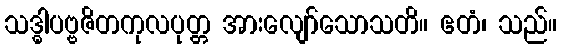
သဒ္ဓါပဗ္ဗဇိတကုလပုတ္တ အားလျော်သောသတိ။ ဧတံ၊ သည်။